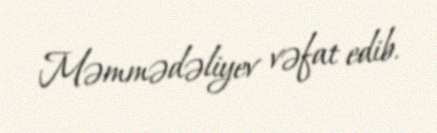
Məmmədəliyev vəfat edib.